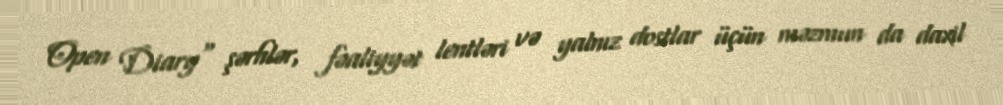
Open Diary" şərhlər, fəaliyyət lentləri və yalnız dostlar üçün məzmun da daxil